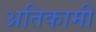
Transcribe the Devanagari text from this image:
अतिकामी